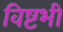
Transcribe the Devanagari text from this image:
विष्टंभी